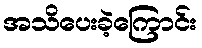
အသိပေးခဲ့ကြောင်း